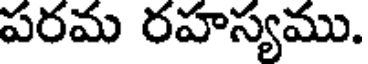
పరమ రహస్యము.